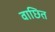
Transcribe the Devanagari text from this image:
वाछित